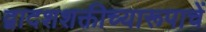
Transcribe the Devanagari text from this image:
द्वादशशक्तीच्यारूपाचें